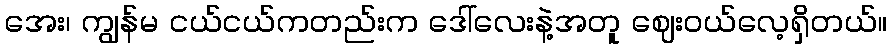
အေး၊ ကျွန်မ ငယ်ငယ်ကတည်းက ဒေါ်လေးနဲ့အတူ ဈေးဝယ်လေ့ရှိတယ်။